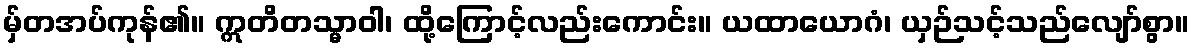
မှ်တအပ်ကုန်၏။ ဣတိတသ္မာဝါ၊ ထို့ကြောင့်လည်းကောင်း။ ယထာယောဂံ၊ ယှဉ်သင့်သည်လျော်စွာ။